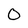
Character: 0